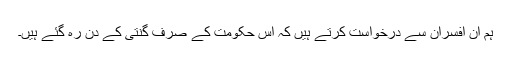
ہم ان افسران سے درخواست کرتے ہیں کہ اس حکومت کے صرف گنتی کے دن رہ گئے ہیں۔